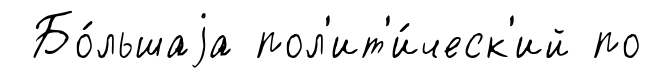
Бо́льшаjа пол'ит'и́ческ'ий по